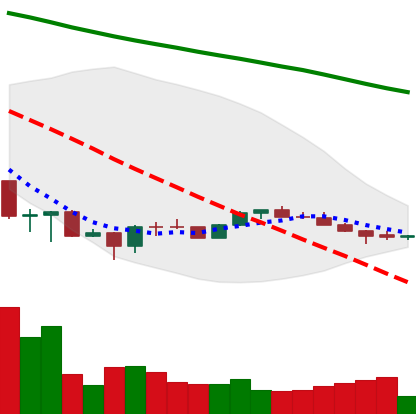
Ticker: ETH-USD
Chart end date: 2022-07-02
Forward return: 16.041%
Label: up_7plus